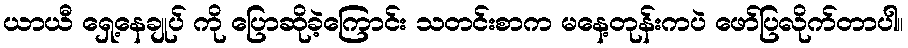
ယာယီ ရှေ့နေချုပ် ကို ပြောဆိုခဲ့ကြောင်း သတင်းစာက မနေ့တုန်းကပဲ ဖော်ပြလိုက်တာပါ။